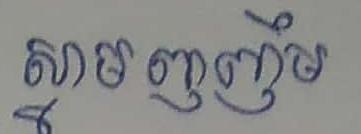
ស្នាមញញឹម